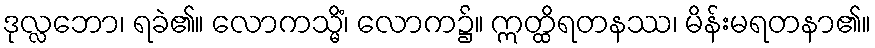
ဒုလ္လဘော၊ ရခဲ၏။ လောကသ္မိံ၊ လောက၌။ ဣတ္ထိရတနဿ၊ မိန်းမရတနာ၏။